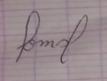
Signature authenticity: forged